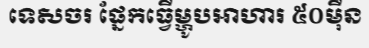
ទេសចរ ផ្នែកធ្វើម្ហូបអាហារ ៥០ម៉ឺន